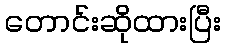
တောင်းဆိုထားပြီး